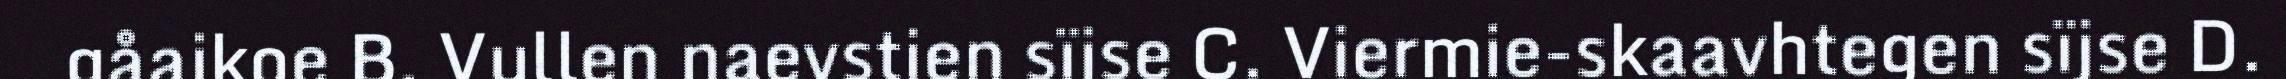
gåajkoe B. Vullen naevstien sïjse C. Viermie-skaavhtegen sïjse D.